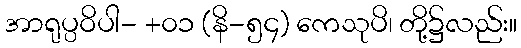
အာရုပ္ပဝိပါ- +၀၁ (နိ-၅၄) ကေသုပိ၊ တို့၌လည်း။